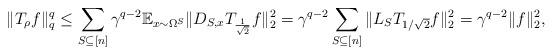
LaTeX: \begin{align*} \|T_{\rho} f\|_q^q \le \sum_{S\subseteq [n]} \gamma^{q-2} \mathbb{E}_{x\sim \Omega^S} \|D_{S,x} T_{\frac{1}{\sqrt{2}}} f\|_2^2 = \gamma^{q-2} \sum_{S\subseteq [n]} \| L_S T_{1/\sqrt{2}} f\|_2^2 = \gamma^{q-2} \|f \|_2^2, \end{align*}